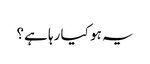
یہ ہو کیا رہا ہے؟